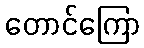
တောင်ကြော